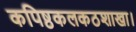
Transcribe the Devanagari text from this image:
कपिष्ठकलकठशाखा।